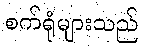
စက်ရုံများသည်